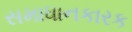
સમાધાનકારક